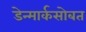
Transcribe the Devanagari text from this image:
डेन्मार्कसोबत